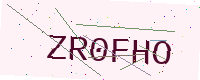
Text: ZR0FHO